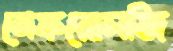
নেফরোলজি